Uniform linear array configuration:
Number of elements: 64
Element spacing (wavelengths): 0.25
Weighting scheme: cosine
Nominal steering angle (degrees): -45
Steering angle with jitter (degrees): -44.719
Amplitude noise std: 0.05
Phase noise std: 0.05

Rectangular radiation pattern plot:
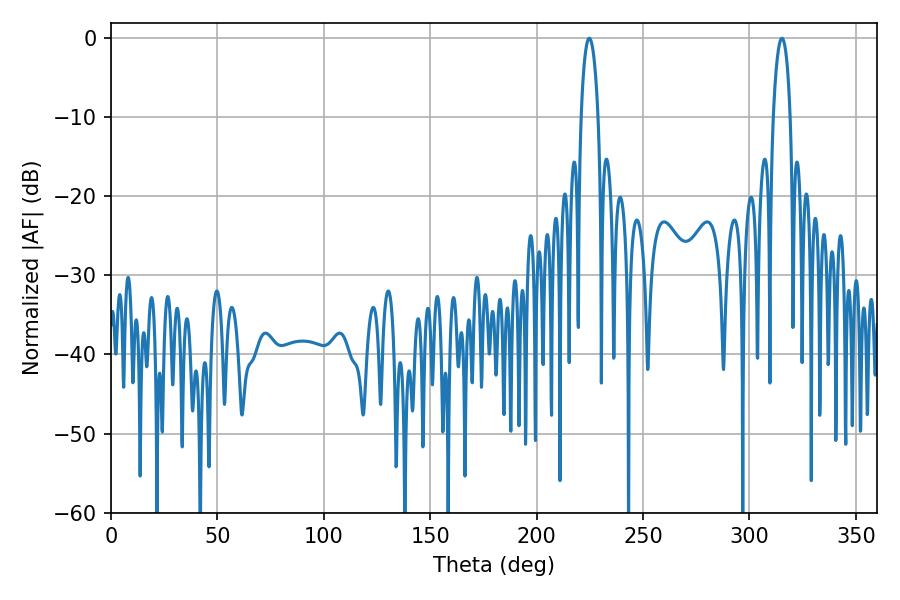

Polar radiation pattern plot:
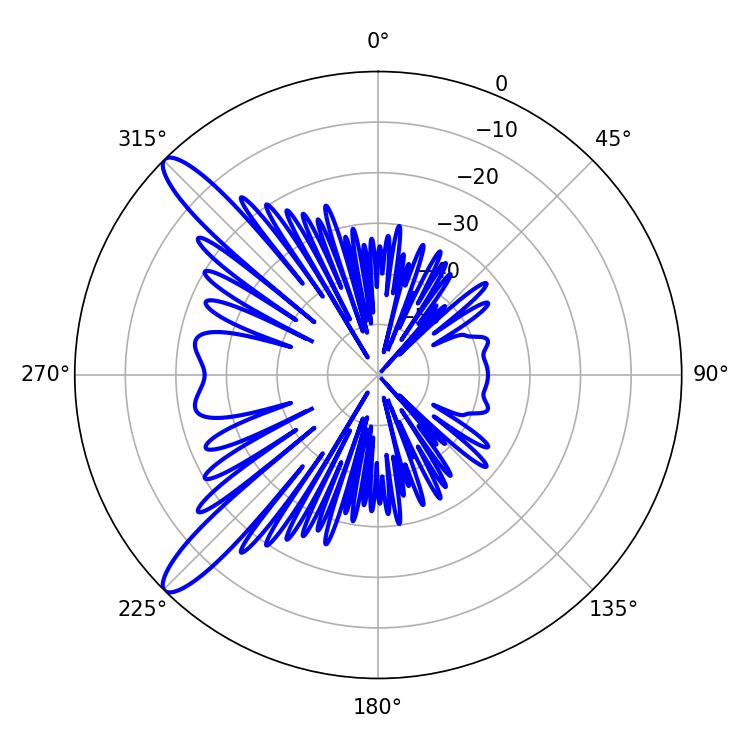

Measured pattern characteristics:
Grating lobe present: FALSE
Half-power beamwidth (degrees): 4.5
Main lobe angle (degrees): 315.18